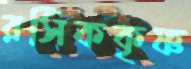
রসিককৃষ্ণ